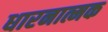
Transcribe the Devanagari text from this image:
धारनात्मक